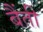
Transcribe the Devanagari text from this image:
बैंती